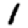
Digit: 1